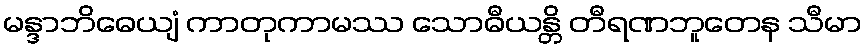
မန္ဒာဘိဓေယျံ ကာတုကာမဿ သောဓီယန္တိ တီရဏဘူတေန သီမာ